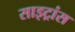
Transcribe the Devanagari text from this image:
साइट्रांस